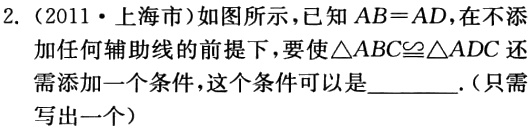
2.（2011·上海市）如图所示，已知\(AB = AD\)，在不添加任何辅助线的前提下，要使\(\triangle ABC\cong\triangle ADC\)还需添加一个条件，这个条件可以是________.(只需写出一个)